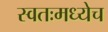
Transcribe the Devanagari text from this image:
स्वतःमध्येच